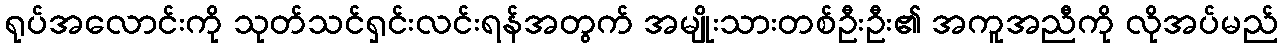
ရုပ်အလောင်းကို သုတ်သင်ရှင်းလင်းရန်အတွက် အမျိုးသားတစ်ဦးဦး၏ အကူအညီကို လိုအပ်မည်